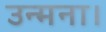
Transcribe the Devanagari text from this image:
उन्मना।